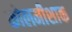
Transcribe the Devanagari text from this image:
कोलमीशाक